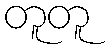
တူတူ